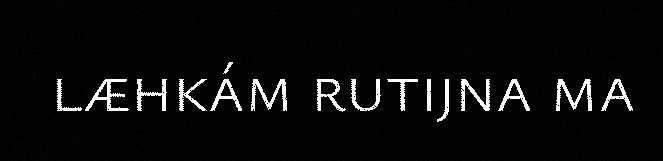
læhkám rutijna ma